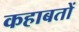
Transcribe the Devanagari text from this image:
कहाबतों